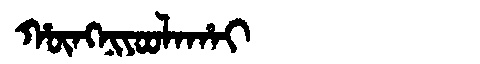
Manchu: ᡥᡡᠩᠨᡳᠶᠣᠣᠯᠠᡥᠠᡳ
Romanization: HŪNGNIYOOLAHAI